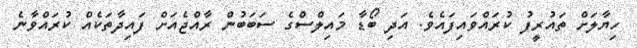
ހިޔާލަށް ތައުރީފު ކުރައްވައިފައެވެ. އަދި ބޯޑާ މައިލްސްގެ ސަބަބުން ރާއްޖެއަށް ފައިދާތަކެއް ކުރައްވާނެ